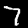
Label: 7